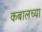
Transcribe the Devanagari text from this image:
कबालच्या